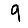
Digit: 9